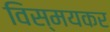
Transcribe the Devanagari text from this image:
विस्मयकर